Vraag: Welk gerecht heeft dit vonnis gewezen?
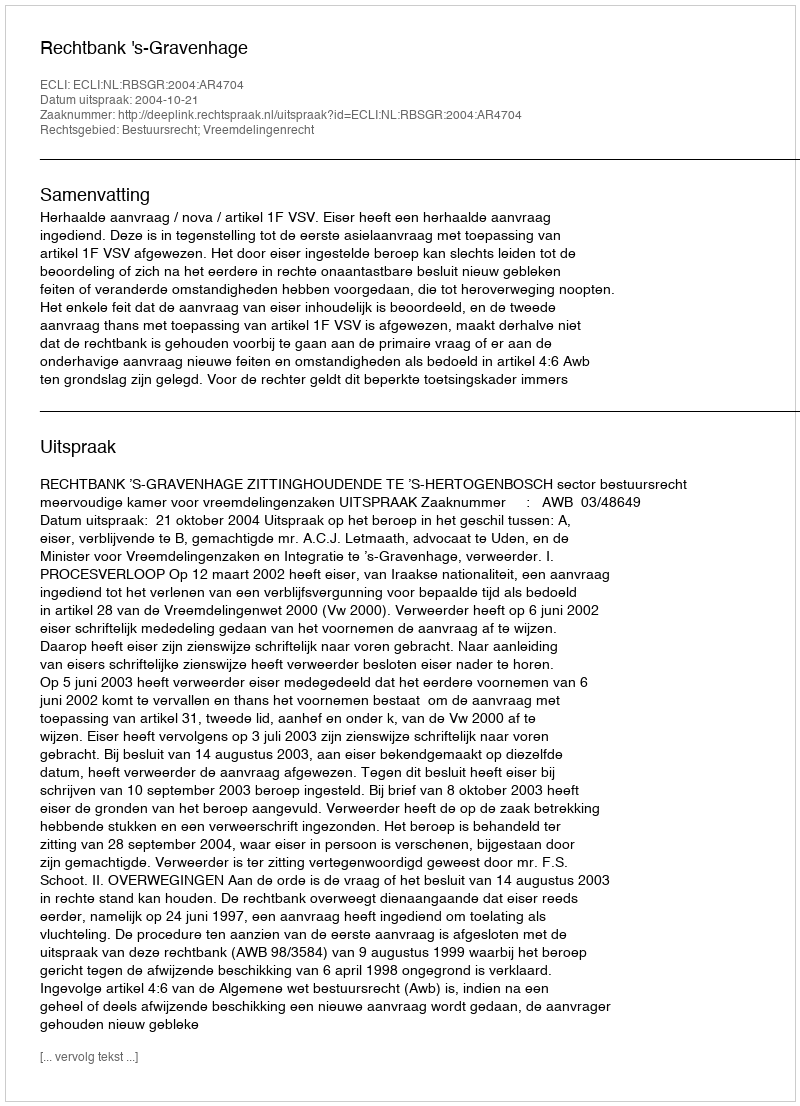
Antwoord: Rechtbank 's-Gravenhage